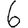
Digit: 6